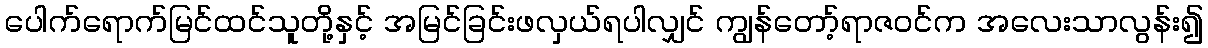
ပေါက်ရောက်မြင်ထင်သူတို့နှင့် အမြင်ခြင်းဖလှယ်ရပါလျှင် ကျွန်တော့်ရာဇဝင်က အလေးသာလွန်း၍